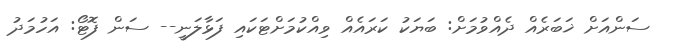
ސަންއަށް ޚަބަރެއް ދެއްވުމަށް: ބަޔަކު ކަރައެއް ވިއްކުމަށްޓަކައި ފަޅާލަނީ-- ސަން ފޮޓޯ: އަހުމަދު